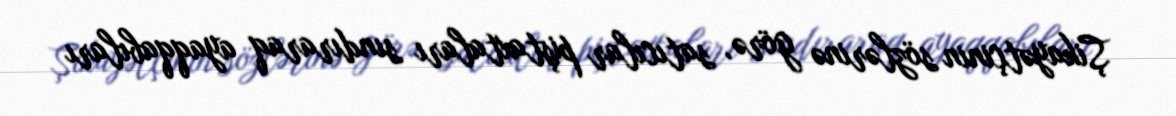
Şikayətçinin sözlərinə görə, satıcılar piştaxtaları sındıraraq ayaqqabıları